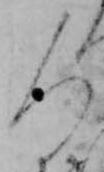
人